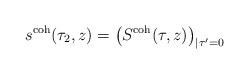
LaTeX: \begin{align*} s^\textnormal{coh}(\tau_2,z) = \left( S^\textnormal{coh}(\tau,z) \right)_{| \tau' = 0} \end{align*}